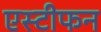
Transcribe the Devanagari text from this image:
एस्टीफन